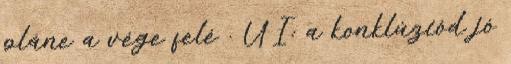
pláne a vége felé . UI: a konklúziód jó